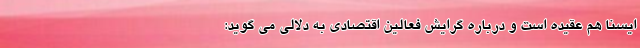
ایسنا هم عقیده است و درباره گرایش فعالین اقتصادی به دلالی می گوید: